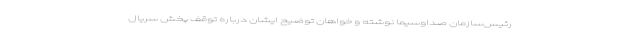
رئیس‌سازمان صداوسیما نوشته و خواهان توضیح ایشان درباره توقف پخش سریال